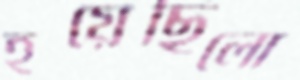
হয়েছিলো